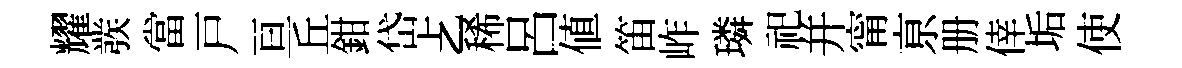
耀彂當戸亘丘鉗岱𠧒稀呂値笛岞璘祀并甯亰册倖垢使